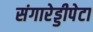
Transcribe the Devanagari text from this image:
संगारेड्डीपेटा